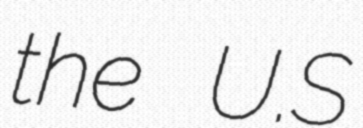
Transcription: the U.S